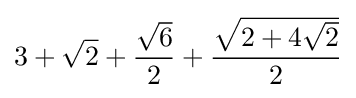
3+{\sqrt {2}}+{\frac {\sqrt {6}}{2}}+{\frac {\sqrt {2+4{\sqrt {2}}}}{2}}